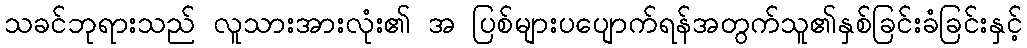
သခင်ဘုရားသည် လူသားအားလုံး၏ အ ပြစ်များပပျောက်ရန်အတွက်သူ၏နှစ်ခြင်းခံခြင်းနှင့်